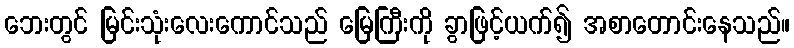
ဘေးတွင် မြင်းသုံးလေးကောင်သည် မြေကြီးကို ခွာဖြင့်ယက်၍ အစာတောင်းနေသည်။